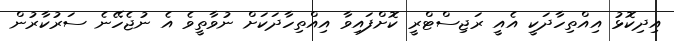
އިދިކޮޅު އިއްތިހާދަކީ އެއީ ރަޖިސްޓްރީ ކޮށްފައިވާ އިއްތިހާދަކަށް ނުވާތީވެ އެ ނުޖެހޭނެ ސަރުކާރުން